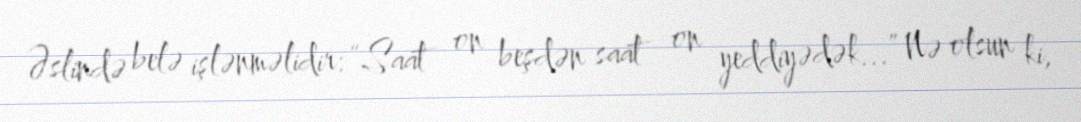
Əslində belə işlənməlidir: “Saat on beşdən saat on yeddiyədək...” Nə olsun ki,